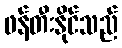
ဖန်တီးနိုင်သည်